Note on the mental hospitals in Burma - 1925-1940
Year: 1925
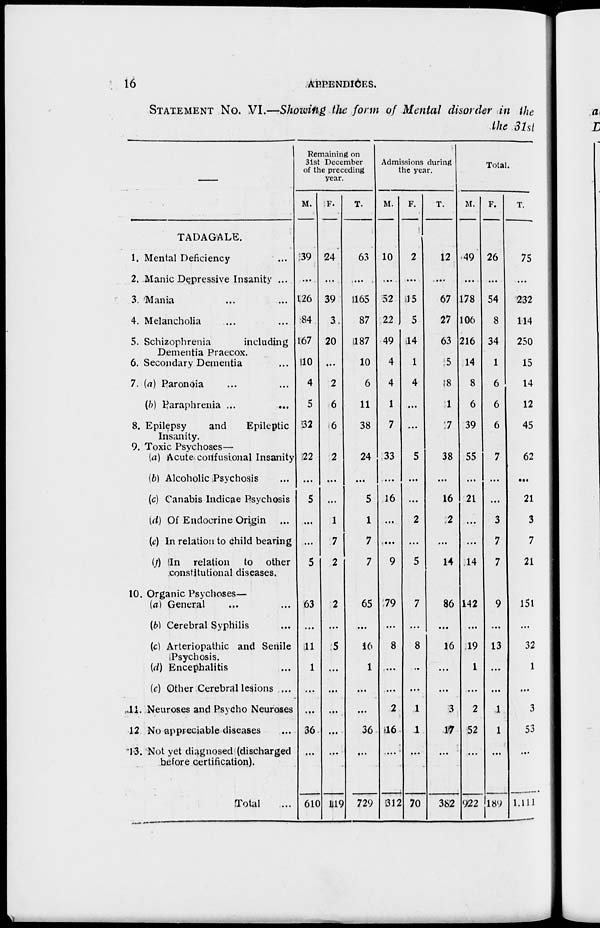
16
APPENDICES.
STATEMENT No. VI.—Showing the form of Mental disorder in the
the 31st
—
TADAGALE.
1. Mental Deficiency ...
2. Manic Depressive Insanity ...
3. Mania ... ...
4. Melancholia ... ...
5. Schizophrenia
including
Dementia Praecox.
6. Secondary Dementia ...
7. (a) Paronoia ... ...
(b) Paraphrenia ... ...
8. Epilepsy
and
Epileptic
Insanity.
9. Toxic Psychoses—
(a) Acute confusional Insanity
(b) Alcoholic Psychosis ...
(c) Canabis Indicae Psychosis
(d) Of Endocrine Origin ...
(e) In relation to child bearing
(f ) In relation
to other
constitutional diseases.
10. Organic Psychoses—
(a) General ... ...
(b) Cerebral Syphilis ...
(c) Arteriopathic and Senile
Psychosis.
(d) Encephalitis ...
(c) Other Cerebral lesions ...
11. Neuroses and Psycho Neuroses
12 No appreciable diseases ...
13. Not yet diagnosed (discharged
before certification).
Total ...
Remaining on
31st December
of the preceding
year.
M.
39
...
126
84
167
10
4
5
32
22
...
5
...
...
5
63
...
11
1
...
...
36
...
610
F.
24
...
39
3
20
...
2
6
6
2
...
...
1
7
2
2
...
5
...
...
...
...
...
119
T.
63
...
165
87
187
10
6
11
38
24
...
5
1
7
7
65
...
16
1
...
...
36
...
729
Admissions during
the year.
M.
10
...
52
22
49
4
4
1
7
33
...
16
...
...
9
79
...
8
...
...
2
16
...
312
F.
2
...
15
5
14
1
4
...
...
5
...
...
2
...
5
7
...
8
...
...
1
1
...
70
T.
12
...
67
27
63
5
8
1
7
38
...
16
2
...
14
86
...
16
...
...
3
17
...
382
Total.
M.
49
...
178
106
216
14
8
6
39
55
...
21
...
...
14
142
...
19
1
...
2
52
...
922
F.
26
...
54
8
34
1
6
6
6
7
...
...
3
7
7
9
...
13
...
...
1
1
...
189
T.
75
...
232
114
250
15
14
12
45
62
...
21
3
7
21
151
...
32
1
...
3
53
...
1,111